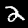
Label: 2